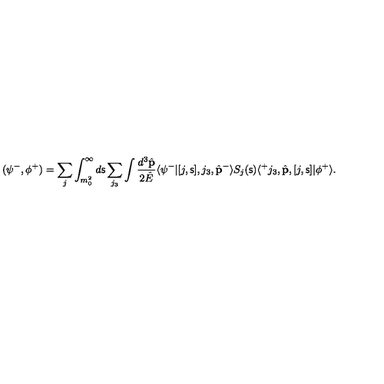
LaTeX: ( \psi ^ { - } , \phi ^ { + } ) = \sum _ { j } \int _ { m _ { 0 } ^ { 2 } } ^ { \infty } d { \mathsf s } \sum _ { j _ { 3 } } \int \frac { d ^ { 3 } \hat { \bf p } } { 2 \hat { E } } \langle \psi ^ { - } | [ j , { \mathsf s } ] , j _ { 3 } , \hat { \bf p } ^ { - } \rangle S _ { j } ( { \mathsf s } ) \langle ^ { + } j _ { 3 } , \hat { \bf p } , [ j , { \mathsf s } ] | \phi ^ { + } \rangle .